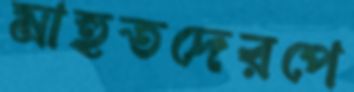
মাহুতদেরপে